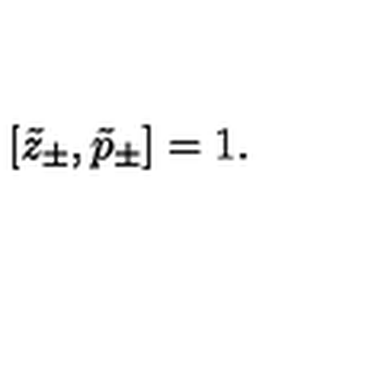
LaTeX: [ \tilde { z } _ { \pm } , \tilde { p } _ { \pm } ] = 1 .